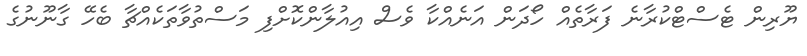
ޔޫރިން ޓެސްޓްކުރާނެ ފަރާތެއް ހޯދަން އަނެއްކާ ވެސް އިއުލާންކޮށްފި މަސްތުވާތަކެއްޗާ ބެހޭ ގާނޫނުގެ